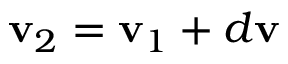
\mathbf { v } _ { 2 } = \mathbf { v } _ { 1 } + d \mathbf { v }